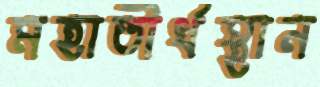
মহাতীর্থস্থান